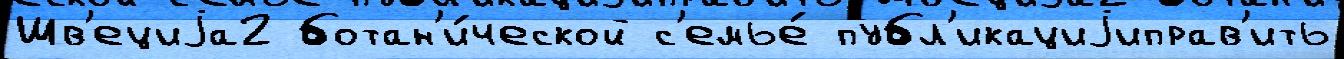
Шв'ециjа2 ботан'и́ческой с'емье́ публ'икациjиправ'ить